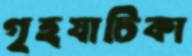
গৃহযাচিকা